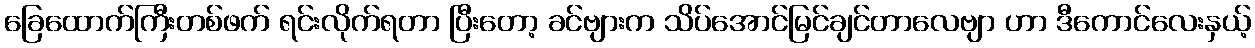
ခြေထောက်ကြီးတစ်ဖက် ရင်းလိုက်ရတာ ပြီးတော့ ခင်ဗျားက သိပ်အောင်မြင်ချင်တာလေဗျာ ဟာ ဒီကောင်လေးနှယ့်